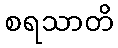
စရသာတိ